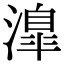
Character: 𣽎